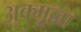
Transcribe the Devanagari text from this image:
अक्मूल्ला